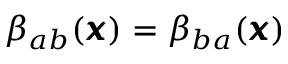
{ \beta } _ { a b } ( { \pmb x } ) = { \beta } _ { b a } ( { \pmb x } )